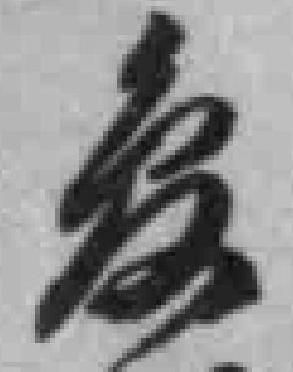
*